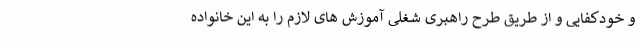
و خودکفایی و از طریق طرح راهبری شغلی آموزش های لازم را به این خانواده